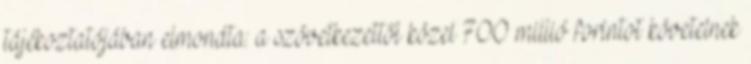
tájékoztatójában elmondta: a szövetkezettől közel 700 millió forintot követelnek